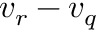
v _ { r } - v _ { q }